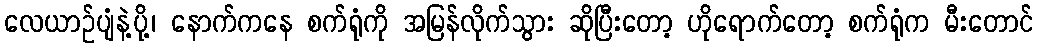
လေယာဉ်ပျံနဲ့ပို့၊ နောက်ကနေ စက်ရုံကို အမြန်လိုက်သွား ဆိုပြီးတော့ ဟိုရောက်တော့ စက်ရုံက မီးတောင်